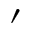
^ \prime